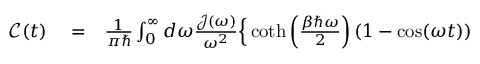
\begin{array} { r l r } { { \mathcal C } ( t ) } & { { } = } & { \frac { 1 } { \pi \hbar } \int _ { 0 } ^ { \infty } d \omega \frac { { \mathcal J } ( \omega ) } { \omega ^ { 2 } } \Big \{ \coth \left( \frac { \beta \hbar \omega } { 2 } \right) \left( 1 - \cos ( \omega t ) \right) } \end{array}